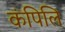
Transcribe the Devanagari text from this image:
कंपिलि